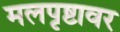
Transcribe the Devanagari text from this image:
मलपृष्टावर